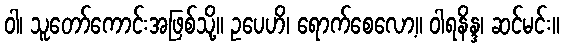
ဝါ၊ သူတော်ကောင်းအဖြစ်သို့။ ဥပေဟိ၊ ရောက်စေလော့။ ဝါရနိန္ဒ၊ ဆင်မင်း။